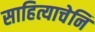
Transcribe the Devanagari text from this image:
साहित्याचेनि